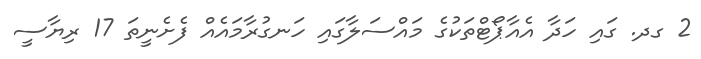
2 ގދ. ގައި ހަދާ އެއާޕޯޓްތަކުގެ މައްސަލާގައި ހަނގުރާމައެއް ފެށެނީތަ 17 ރިޔާސީ